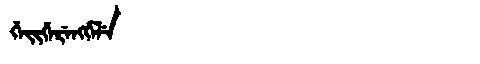
Manchu: ᡤᡝᡳᡤᡝᡵᡝᠩᡤᡝᠯᡝ
Romanization: GEIGERENGGELE